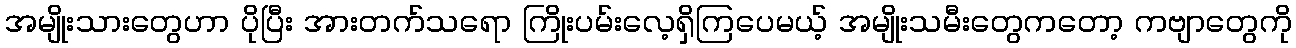
အမျိုးသားတွေဟာ ပိုပြီး အားတက်သရော ကြိုးပမ်းလေ့ရှိကြပေမယ့် အမျိုးသမီးတွေကတော့ ကဗျာတွေကို